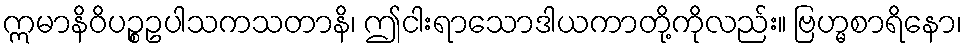
ဣမာနိဝိပဉ္စဥပါသကသတာနိ၊ ဤငါးရာသောဒါယကာတို့ကိုလည်း။ ဗြဟ္မစာရိနော၊